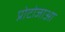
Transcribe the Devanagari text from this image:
प्रोटोजाआ